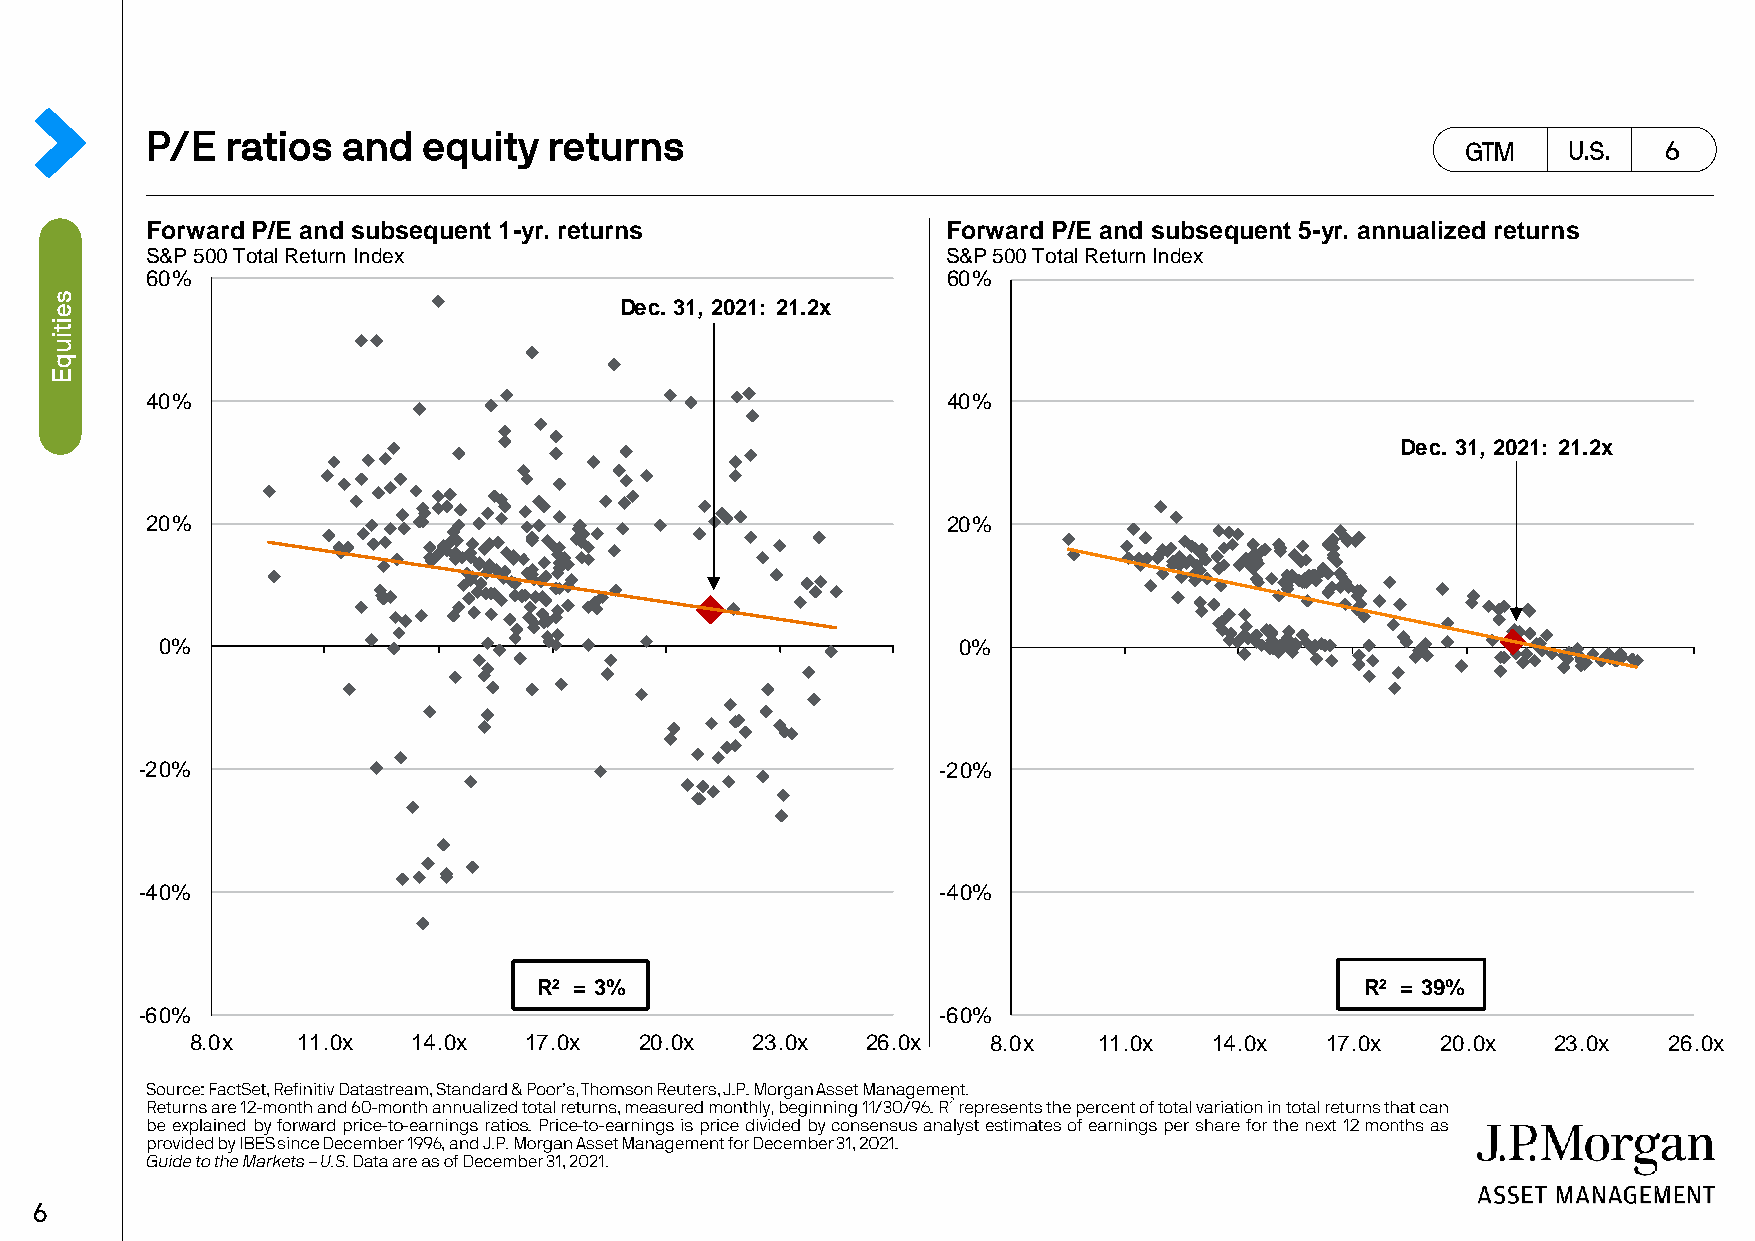
Forward P/E and subsequent 1-yr. returns             Forward P/E and subsequent 5-yr. annualized returns
 S&P 500 Total Return Index                           S&P 500 Total Return Index
 60%                                                  60%
 Dec. 31, 2021: 21.2x
 40%                                                  40%
 Dec. 31, 2021: 21.2x
 20%                                                  20%
 0%                                                  0%
 -20%                                                 -20%
 -40%                                                 -40%
 R² = 3%                                               R² = 39%
 -60%                                                 -60%
 8.0x   11.0x  14.0x   17.0x  20.0x   23.0x  26.0x    8.0x   11.0x  14.0x   17.0x  20.0x   23.0x  26.0x